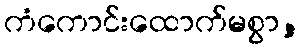
ကံကောင်းထောက်မစွာ,